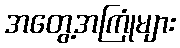
အတွေ့အကြုံများ